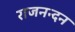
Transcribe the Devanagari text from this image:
राजनन्दन